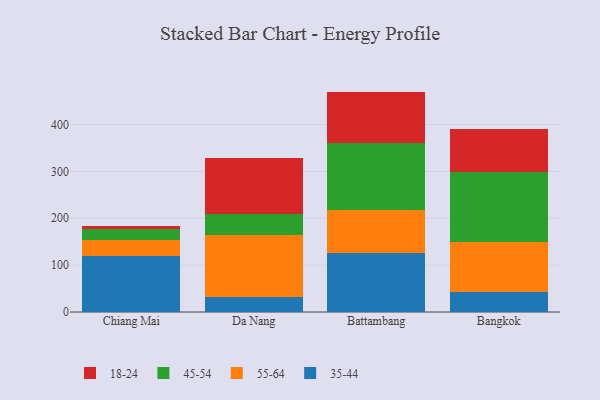
{"axis": {"x": "City", "y": "Satisfaction Score"}, "legend": ["18-24", "35-44", "45-54", "55-64"], "data": [{"x": "Chiang Mai", "y": 120.1, "type": "35-44"}, {"x": "Chiang Mai", "y": 32.6, "type": "55-64"}, {"x": "Chiang Mai", "y": 23.7, "type": "45-54"}, {"x": "Chiang Mai", "y": 7.9, "type": "18-24"}, {"x": "Da Nang", "y": 31.5, "type": "35-44"}, {"x": "Da Nang", "y": 133.1, "type": "55-64"}, {"x": "Da Nang", "y": 43.8, "type": "45-54"}, {"x": "Da Nang", "y": 120.3, "type": "18-24"}, {"x": "Battambang", "y": 126.5, "type": "35-44"}, {"x": "Battambang", "y": 90.9, "type": "55-64"}, {"x": "Battambang", "y": 143.9, "type": "45-54"}, {"x": "Battambang", "y": 108.7, "type": "18-24"}, {"x": "Bangkok", "y": 42.9, "type": "35-44"}, {"x": "Bangkok", "y": 107.3, "type": "55-64"}, {"x": "Bangkok", "y": 149.2, "type": "45-54"}, {"x": "Bangkok", "y": 90.6, "type": "18-24"}]}